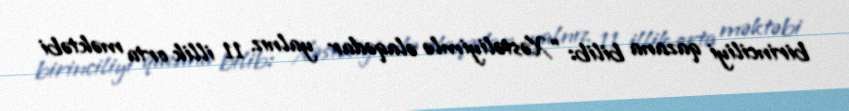
birinciliyi qazana bilib: “Xəstəliyimlə əlaqədar yalnız 11 illik orta məktəbi